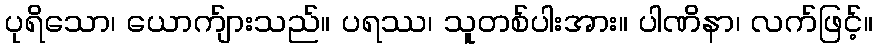
ပုရိသော၊ ယောက်ျားသည်။ ပရဿ၊ သူတစ်ပါးအား။ ပါဏိနာ၊ လက်ဖြင့်။